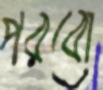
পরবো